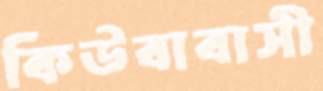
কিউবাবাসী